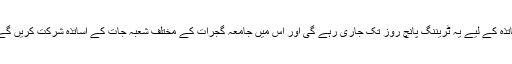
اساتذہ کے لیے یہ ٹریننگ پانچ روز تک جاری رہے گی اور اس میں جامعہ گجرات کے مختلف شعبہ جات کے اساتذہ شرکت کریں گے ۔